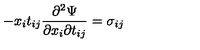
- x _ { i } t _ { i j } \frac { \partial ^ { 2 } \Psi } { \partial x _ { i } \partial t _ { i j } } = \sigma _ { i j }